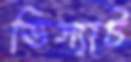
ভিস্যাট